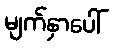
မျက်နှာပေါ်